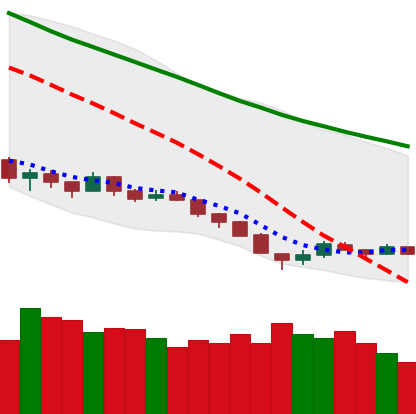
Ticker: EOS-USD
Chart end date: 2018-12-13
Forward return: 42.906%
Label: up_7plus